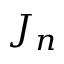
J _ { n }